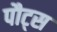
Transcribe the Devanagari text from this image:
पौट्स